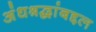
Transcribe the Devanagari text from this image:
अंधश्रद्धांबद्दल